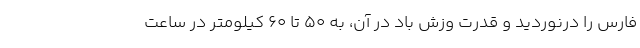
فارس را درنوردید و قدرت وزش باد در آن، به ۵۰ تا ۶۰ کیلومتر در ساعت